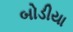
બોડીયા